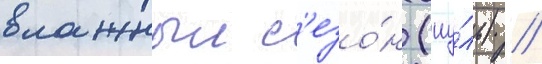
влажныи с'езо́н (иу́ль) /